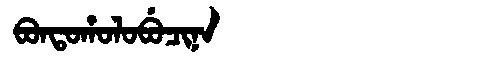
Manchu: ᠪᠣᠨᡨᠣᡥᠣᠯᠣᠪᡠᠴᡳᠨᠠ
Romanization: BONTOHOLOBUCINA